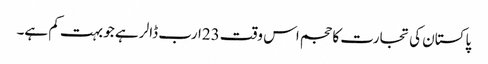
پاکستان کی تجارت کا حجم اس وقت23ارب ڈالر ہے جو بہت کم ہے۔